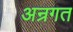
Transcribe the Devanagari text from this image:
अन्रगत